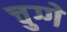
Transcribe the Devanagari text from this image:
चुग्गे